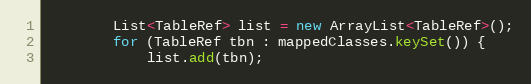
Language: Java
        List<TableRef> list = new ArrayList<TableRef>();
        for (TableRef tbn : mappedClasses.keySet()) {
            list.add(tbn);